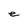
Character: e